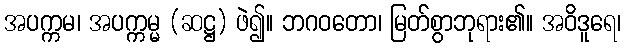
အပက္ကမ၊ အပက္ကမ္မ (ဆဋ္ဌ) ဖဲ၍။ ဘဂဝတော၊ မြတ်စွာဘုရား၏။ အဝိဒူရေ၊